Manual of the Civil Veterinary Department, Central Provinces and Berar
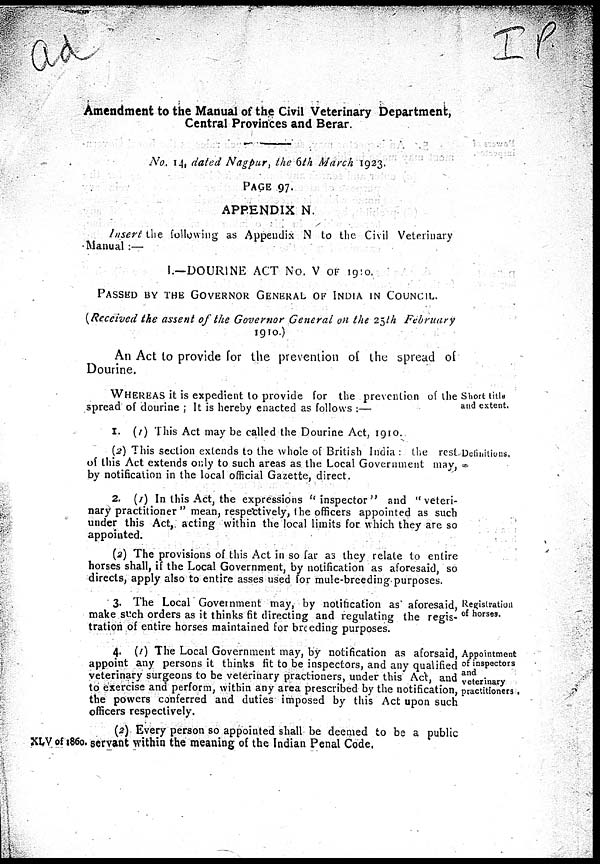
Amendment to the Manual of the Civil Veterinary Department,
Central Provinces and Berar.
No. 14, dated Nagpur, the 6th March 1923.
PAGE 97,
APPENDIX N.
Insert the following as Appendix N to the Civil Veterinary
Manual :—
1.—DOURINE ACT No. V OF 1910.
PASSED BY THE GOVERNOR GENERAL OF INDIA IN COUNCIL.
(Received the assent of the Governor General on the 25th February
1910.)
An Act to provide for the prevention of the spread of
Dourine.
Sheil title
and extent.
WHEREAS it is expedient to provide for the prevention of the
spread of dourine; It is hereby enacted as follows:
1. (1) This Act may be called the Dourine Act. 1910.
Definitions.
(2) This section extends to the whole of British India : the rest
of this Act extends only to such areas as the Local Government may,
by notification in the local official Gazette, direct.
2. (1) In this Act, the expressions "inspector " and "veteri-
nary practitioner" mean, respectively, the officers appointed as such
under this Act, acting within the local limits for which they are so
appointed.
(2) The provisions of this Act in so far as they relate to entire
horses shall, if the Local Government, by notification as aforesaid, so
directs, apply also to entire asses used for mule-breeding purposes.
Registration.
of horses.
3. The Local Government may, by notification as aforesaid,
make such orders as it thinks fit directing and regulating the regis-
tration of entire horses maintained for breeding purposes.
Appointment
of inspectors
and
veterinary
practitioners.
4. (1) The Local Government may, by notification as aforsaid,
appoint any persons it thinks fit to be inspectors, and any qualified
veterinary surgeons to be veterinary practioners, under this Act, and
to exercise and perform, within any area prescribed by the notification,
the powers conferred and duties imposed by this Act upon such
officers respectively.
XLV of
1860.
(2) Every person so appointed shall be deemed to be a public
servant within the meaning of the Indian Penal Code,